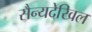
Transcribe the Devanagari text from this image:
सैन्यदेखिल